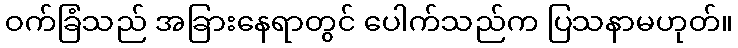
ဝက်ခြံသည် အခြားနေရာတွင် ပေါက်သည်က ပြသနာမဟုတ်။